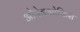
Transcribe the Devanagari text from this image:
ओपेनओफिस